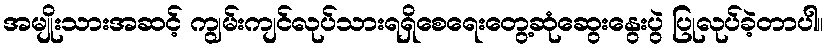
အမျိုးသားအဆင့် ကျွမ်းကျင်လုပ်သားရရှိစေရေးတွေ့ဆုံဆွေးနွေးပွဲ ပြုလုပ်ခဲ့တာပါ။